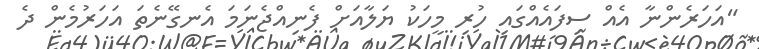
"އަހަރެންނާ އެއް ސިފައެއްގައި ހުރި މީހަކު ޔަލާއަށް ފެނިއްޖެނަމަ އެނގޭނެތަ އަހަރުމެން ދެ